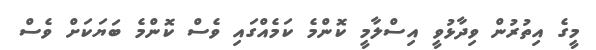
މީގެ އިތުރުން ވިދާޅުވީ އިސްލާމީ ކޮންމެ ކަމެއްގައި ވެސް ކޮންމެ ބަޔަކަށް ވެސް